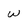
Character: w